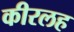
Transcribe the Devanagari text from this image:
कीरलह